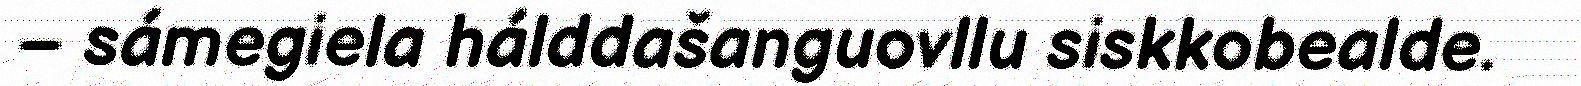
– sámegiela hálddašanguovllu siskkobealde.